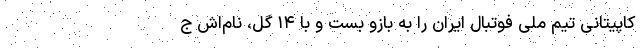
کاپیتانی تیم ملی فوتبال ایران را به بازو بست و با ۱۴ گل، نام‌اش ج